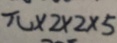
\pi \times 2 \times 2 \times 5